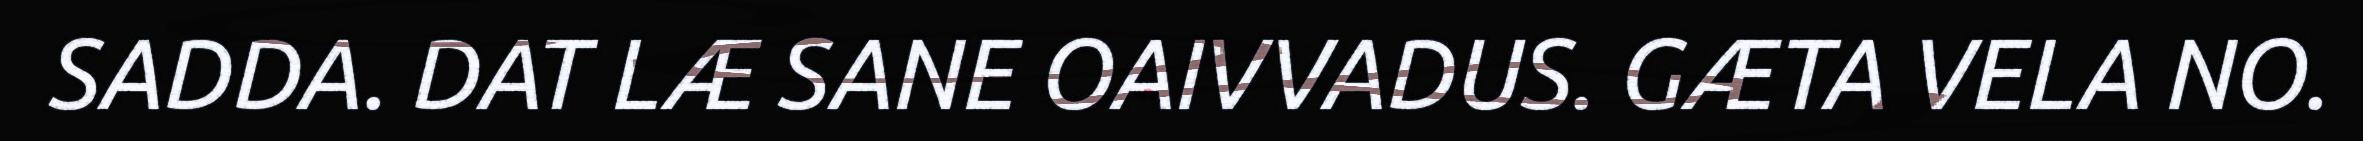
SADDA. DAT LÆ SANE OAIVVADUS. GÆTA VELA NO.